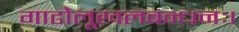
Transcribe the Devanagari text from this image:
गाढोलूखलबन्धनः।